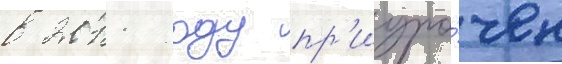
в 2011 году пр'иуро́чен